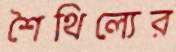
শৈথিল্যের